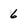
Character: 6